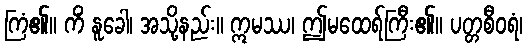
ကြံ၏။ ကိံ နူခေါ၊ အသို့နည်း။ ဣမဿ၊ ဤမထေရ်ကြီး၏။ ပတ္တစီဝရံ၊